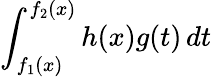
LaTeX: \int_{f_{1}(x)}^{f_{2}(x)}h(x)g(t)\, dt